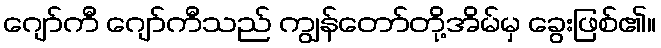
ဂျော်ကီ ဂျော်ကီသည် ကျွန်တော်တို့အိမ်မှ ခွေးဖြစ်၏။